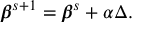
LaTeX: { \boldsymbol { \beta } } ^ { s + 1 } = { \boldsymbol { \beta } } ^ { s } + \alpha \Delta .